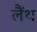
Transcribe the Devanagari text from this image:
लैंथ